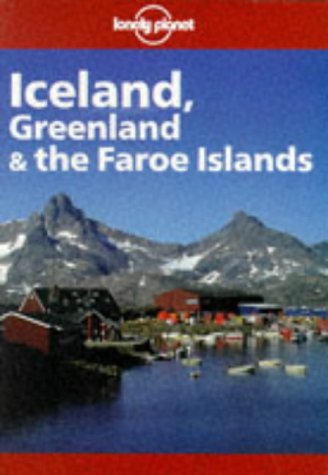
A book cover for Lonely Planet Iceland, Greenland & the Faroe Islands (3rd ed); Deanna Swaney; Travel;